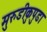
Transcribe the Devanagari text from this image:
मुरुडीकुपुडा